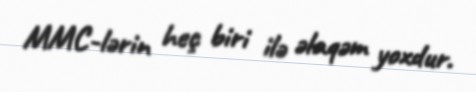
MMC-lərin heç biri ilə əlaqəm yoxdur.